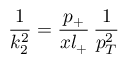
\frac { 1 } { k _ { 2 } ^ { 2 } } = \frac { p _ { + } } { x l _ { + } } \, \frac { 1 } { p _ { T } ^ { 2 } }